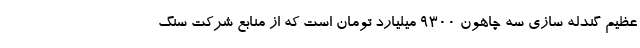
عظیم گندله سازی سه چاهون ۹۳۰۰ میلیارد تومان است که از منابع شرکت سنگ